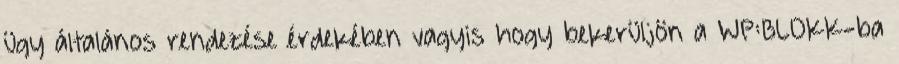
ügy általános rendezése érdekében vagyis hogy bekerüljön a WP:BLOKK-ba